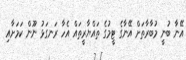
އޭނާ ބުނީ މުބާރާތަށް އޭނާގެ ޓީމުގެ ތައްޔާރީތައް އެހާ ރަނގަޅު ނޫން ކަމަށާއި